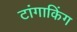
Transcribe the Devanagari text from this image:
टांगाकिंग